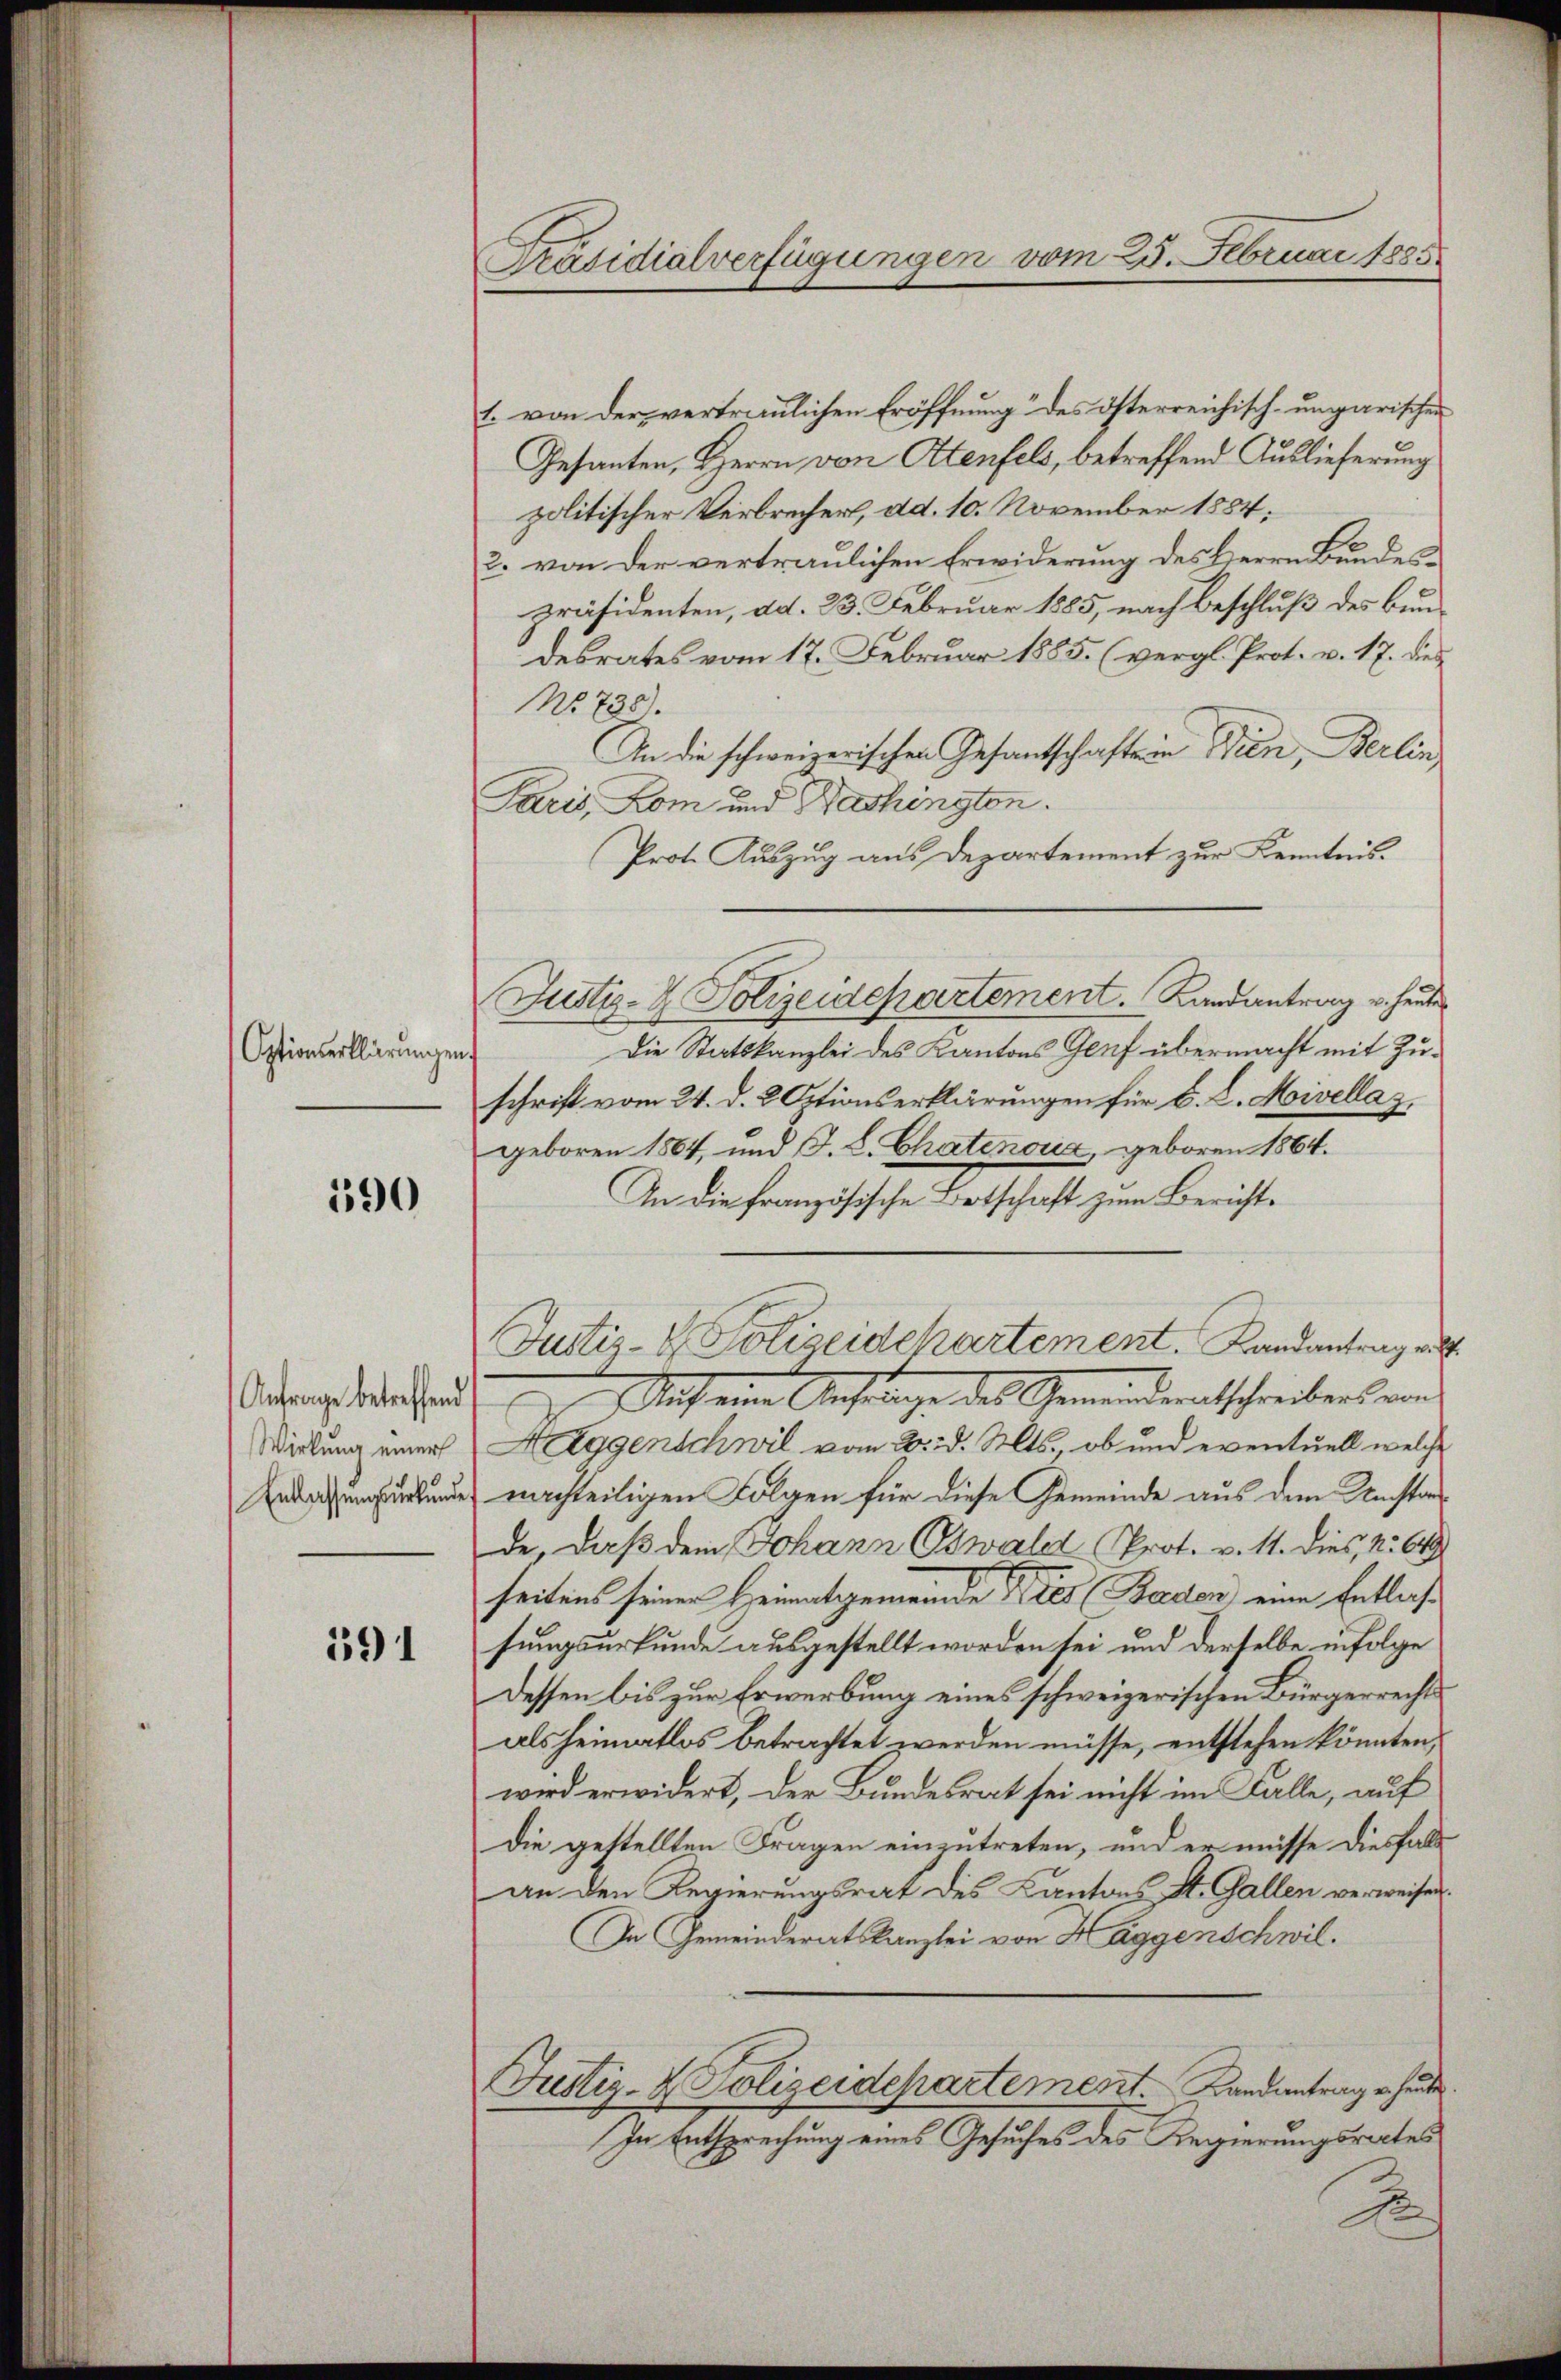
Optionserklärungen.

590

Anfrage betreffend
Wirkung einer
Entlassungsurkunde

191

Präsidialverfügungen vom 25. Februai 1885.

1. von der vertraulichen Eröffnung des österreichisch-ungarischen
Gesanten, Herrn von Attenfels, betreffend Auslieferung
politischer Verbrecher, dd. 10. November 1884.
2. von der vertraulichen Erwiderung des Herrn Bundespräsidenten, ad. 23. Februar 1885, nach Beschluß des Bundesrates vom 17. Februar 1885. (vergl. Prot. v. 17. dies
No 738).
An die schweizerischen Gesantschafte in Wien, Berlin
Paris, Rom und Nashingten.
Prote Auszug aus Departement zur Kenntnis¬
Die Staatskanzlei des Kantons Genf übermacht mit Zuschrift vom 24. d. 2 Optionserklärungen für b. L. Mivellaz.
geboren 1864, und F. L. Chatenoua, geboren 1864.
An die französische Ortschaft zum Bericht¬
Justiz- & Polizeidekartement. Landantrag al
Nach eine Anfange des Gemeinderatschreibens von
Haggenschwil vom 20. d. Mts., ob und eventuell welche
nachteiligen Folgen für diese Gemeinde aus dem Umstan
de, daß dem Johann Oswald Prot. v. 11. dies, 2. 649
seitens seinen Heimatgemeinde Kies Baden) eine Entlaß
sungsurkunde ausgestellt worden sei und derselbe infolge
Dessen bis zur Erwerbung eines schweizerischen Bürgerrechts
als heimatlos betraftet werden müsse, entstehen könnten,
wird erwidert, der Bundesrat sei nicht im Falle, auf
Die gestellten Fragen einzutreten, und er müsse diesfalls
an den Regierungsrat des Kantons St. Gallen verweisen.
In Gemeinderatskanzlei von Haggenschwil¬
Justiz- & Polizeidepartement. Landantrag er heute
In Entsprechung eines Gesuches des Regierungsrates
e

Justiz- & Polizeidepartement. Landantrag u. heute